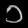
Digit: ၁